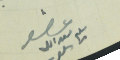
عضو سليم سعدالله سلوم